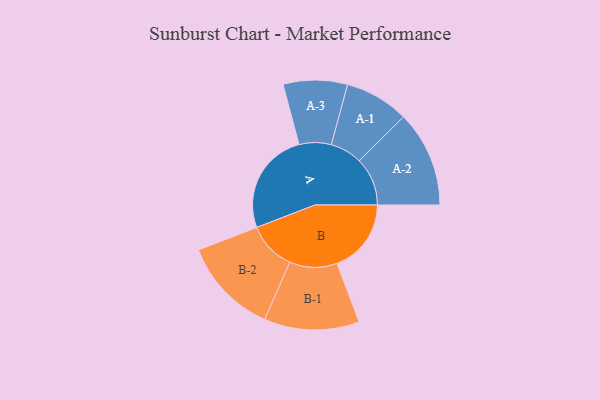
{"axis": {"x": "Segment", "y": "Value"}, "legend": ["", "A", "B"], "data": [{"x": "A", "y": 379, "type": ""}, {"x": "B", "y": 273, "type": ""}, {"x": "A-1", "y": 118, "type": "A"}, {"x": "A-2", "y": 177, "type": "A"}, {"x": "A-3", "y": 118, "type": "A"}, {"x": "B-1", "y": 175, "type": "B"}, {"x": "B-2", "y": 178, "type": "B"}]}